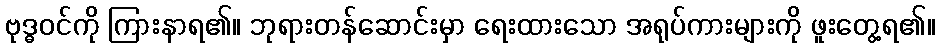
ဗုဒ္ဓဝင်ကို ကြားနာရ၏။ ဘုရားတန်ဆောင်းမှာ ရေးထားသော အရုပ်ကားများကို ဖူးတွေ့ရ၏။